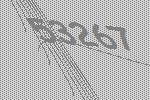
53267